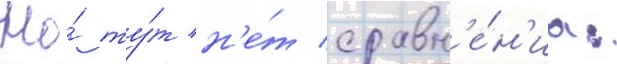
Но́ ту́т н'е́т сравн'е́н'иа: